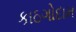
કાઠગોદામ